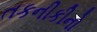
તકનીકીનો